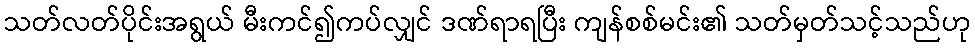
သတ်လတ်ပိုင်းအရွယ် မီးကင်၍ကပ်လျှင် ဒဏ်ရာရပြီး ကျန်စစ်မင်း၏ သတ်မှတ်သင့်သည်ဟု